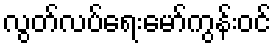
လွတ်လပ်ရေးမော်ကွန်းဝင်